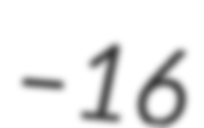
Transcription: – 16